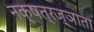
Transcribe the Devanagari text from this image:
नक्षत्रज्ञाता